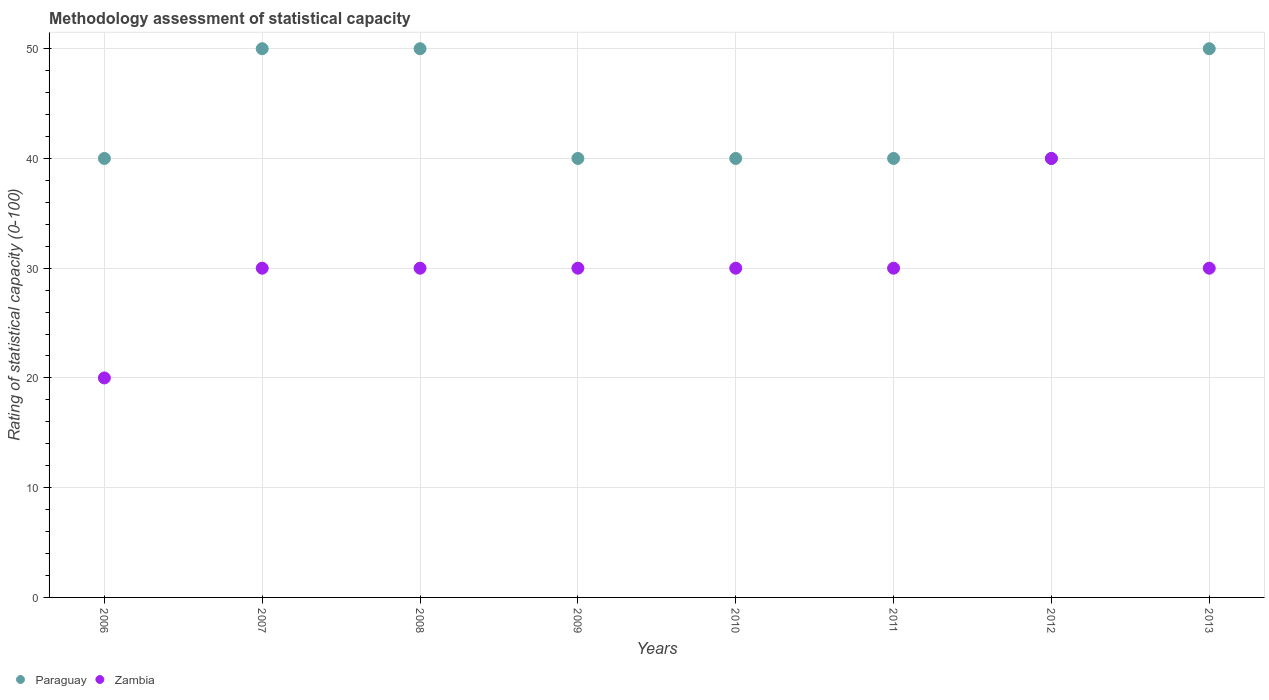
| Years | Paraguay | Zambia |
 | --- | --- | --- |
 | 2006 | 40 | 20 |
 | 2007 | 50 | 30 |
 | 2008 | 50 | 30 |
 | 2009 | 40 | 30 |
 | 2010 | 40 | 30 |
 | 2011 | 40 | 30 |
 | 2012 | 40 | 40 |
 | 2013 | 50 | 30 |